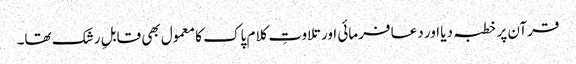
قرآن پر خطبہ دیا اور دعا فرمائی اور تلاوتِ کلام پاک کا معمول بھی قابلِ رشک تھا۔